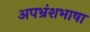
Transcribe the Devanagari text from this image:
अपभ्रंशभाषा